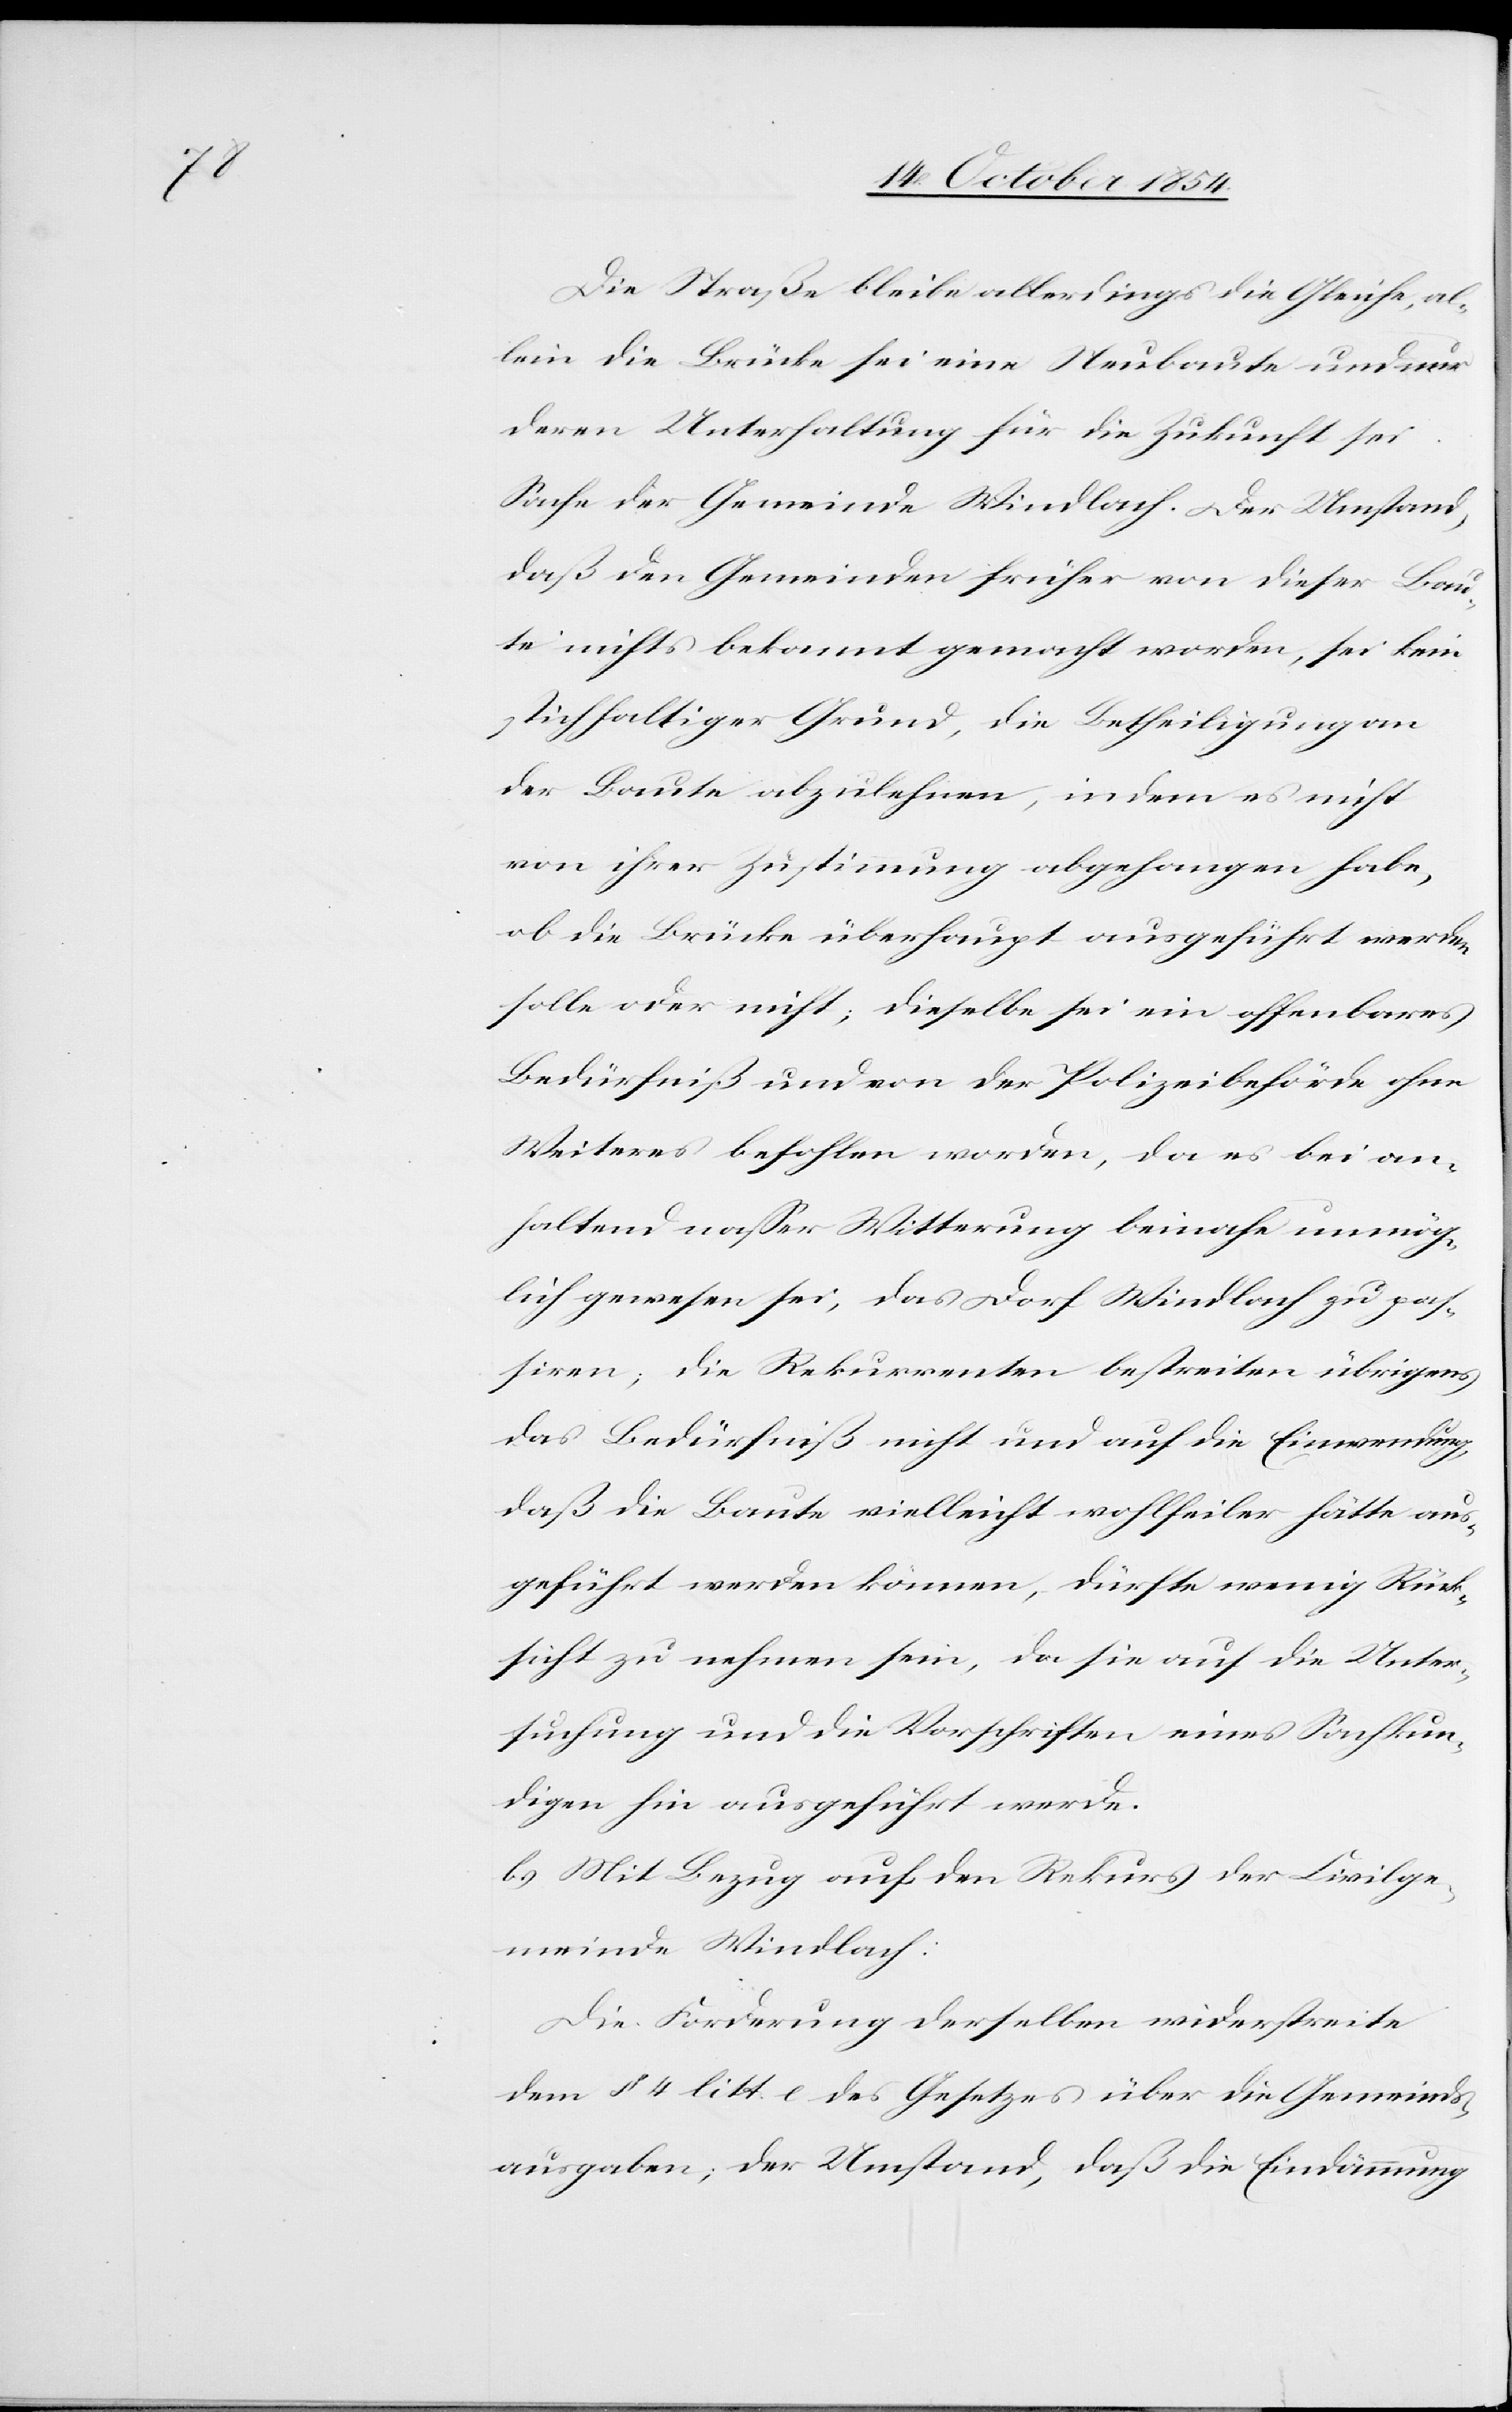
Die Straße bleibe allerdings die Gleiche, al¬
lein die Brücke sei eine Neubaute und nur
deren Unterhaltung für die Zukunft sei
Sache der Gemeinde Windlach. Der Umstand,
daß den Gemeinden früher von dieser Bau¬
te nichts bekannt gemacht worden, sei kein
stichhaltiger Grund, die Betheiligung an
der Baute abzulehnen, indem es nicht
von ihrer Zustimmung abgehangen habe,
ob die Brücke überhaupt ausgeführt werden
solle oder nicht; dieselbe sei ein offenbares
Bedürfniß und von der Polizeibehörde ohne
Weiteres befohlen worden, da es bei an¬
haltend naßer Witterung beinahe unmög¬
lich gewesen sei, das Dorf Windlach zu pas¬
siren; die Rekurrenten bestreiten übrigens
das Bedürfniß nicht und auf die Einwendung,
daß die Baute vielleicht wohlfeiler hätte aus¬
geführt werden könne, dürfte wenig Rück¬
sicht zu nehmen sein, da sie auf die Unter¬
suchung und die Vorschriften eines Sachkun¬
digen hin ausgeführt werde.
b.) Mit Bezug auf den Rekurses der Civilge¬
meinde Windlach:
Die Forderung derselben widerstreite
dem § 4 litt. e des Gesetzes über die Gemeinds¬
ausgaben; der Umstand, daß die Eindämmung